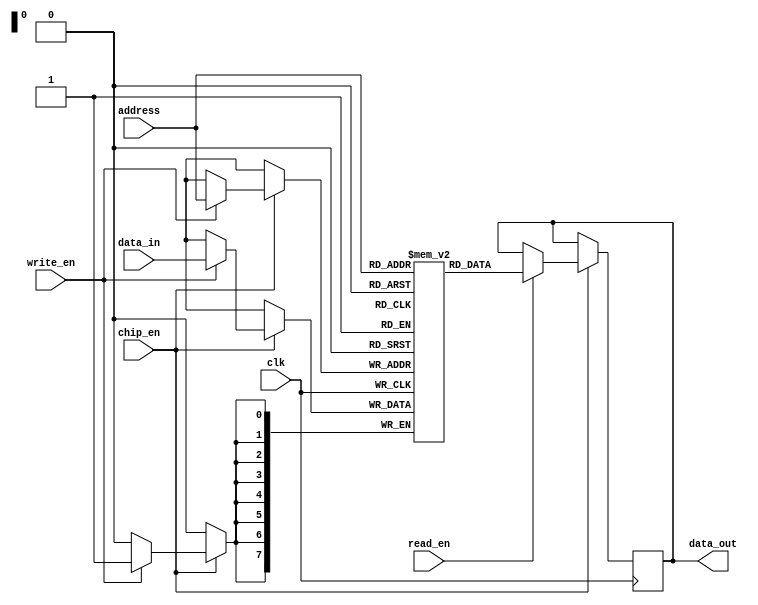
module scratchpad_memory #(
    parameter MEM_SIZE = 256,    // Memory size in bytes
    parameter WORD_WIDTH = 8      // Width of each word in bits
)(
    input wire clk,               // Clock signal for synchronous operation
    input wire chip_en,           // Chip enable signal
    input wire read_en,           // Read enable signal
    input wire write_en,          // Write enable signal
    input wire [(clog2(MEM_SIZE)-1):0] address, // Address bus
    input wire [WORD_WIDTH-1:0] data_in, // Data input bus
    output reg [WORD_WIDTH-1:0] data_out // Data output bus
);

    // Memory array definition
    reg [WORD_WIDTH-1:0] memory_array [0:MEM_SIZE-1];

    // Read/Write operations
    always @(posedge clk) begin
        if (chip_en) begin
            if (write_en) begin
                memory_array[address] <= data_in; // Write data to memory
            end
            if (read_en) begin
                data_out <= memory_array[address]; // Read data from memory
            end
        end
    end

    // Function to calculate the logarithm base 2
    function integer clog2(input integer value);
        begin
            value = value - 1;
            for (clog2 = 0; value > 0; clog2 = clog2 + 1)
                value = value >> 1;
        end
    endfunction

endmodule